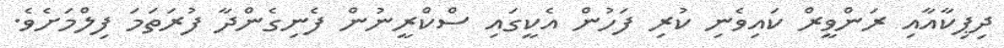
ދިޕިކާއާއި ރަންވީރް ކައިވެނި ކުރި ފަހުން އެކީގައި ސްކްރީނުން ފެނިގެންދާ ފުރަތަމަ ފިލްމަށެވެ.